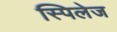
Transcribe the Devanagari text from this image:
स्पिलेज